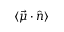
\langle \vec { \mu } \cdot \hat { n } \rangle